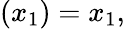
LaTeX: (x_{1})=x_{1},